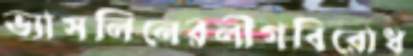
ভ্যাসলিনেরলীগবিরোধ